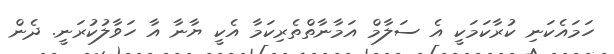
ހަމައެކަނި ކުރާކަމަކީ އެ ސަލާމް އަމާނާާތްތެރިކަމާ އެކީ ޔާނާ އާ ހަވާލުކުރަނީ. ދެން